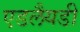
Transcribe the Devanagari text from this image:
एडलैयडी